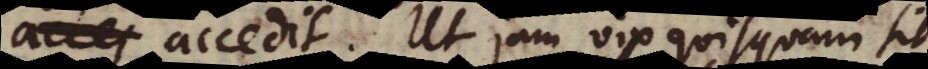
accedit. Ut jam vix quisquam sit